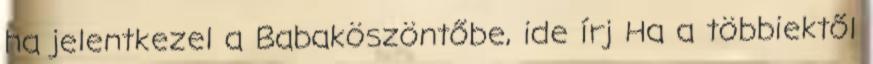
ha jelentkezel a Babaköszöntőbe, ide írj Ha a többiektől